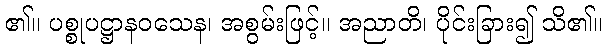
၏။ ပစ္စုပဋ္ဌာနဝသေန၊ အစွမ်းဖြင့်။ အညာတိ၊ ပိုင်းခြား၍ သိ၏။